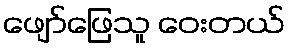
ဖျော်ဖြေသူ ဝေးတယ်